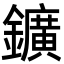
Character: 鑛